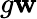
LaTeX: g\mathbf{w}